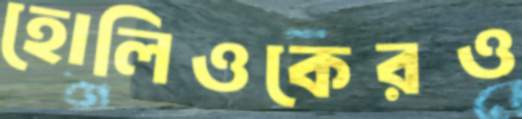
হোলিওকেরও